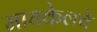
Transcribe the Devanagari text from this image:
मायकेलचे